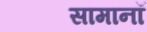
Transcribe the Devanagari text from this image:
सामानॉ